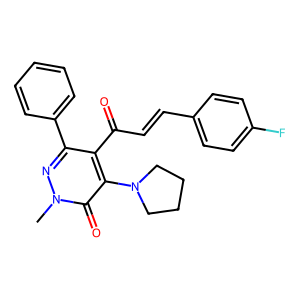
SMILES: Cn1nc(-c2ccccc2)c(C(=O)C=Cc2ccc(F)cc2)c(N2CCCC2)c1=O
Inhibits HIV replication: No